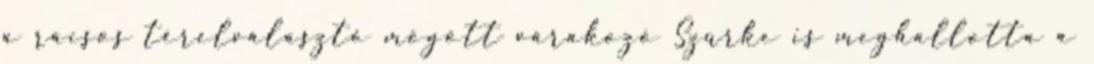
a rácsos térelválasztó mögött várakozó Szürke is meghallotta a